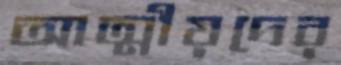
আত্মীয়দের